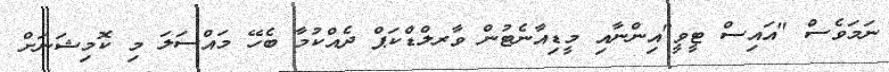
ނަމަވެސް "އައިސް ޓީވީ"އިންނާއި މީޑިއާނެޓުން ވާރލްޑްކަޕް ދެއްކުމާ ބެހޭ މައްސަލަ މި ކޮމިޝަނަށް